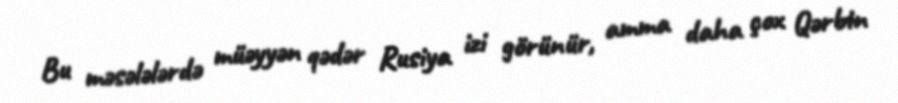
Bu məsələlərdə müəyyən qədər Rusiya izi görünür, amma daha çox Qərbin